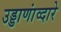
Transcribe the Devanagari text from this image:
उड्डाणांव्दारे